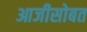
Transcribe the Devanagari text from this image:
आजीसोबत